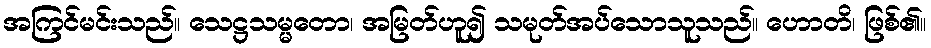
အကြင်မင်းသည်။ သေဋ္ဌသမ္မတော၊ အမြတ်ဟူ၍ သမုတ်အပ်သောသူသည်။ ဟောတိ၊ ဖြစ်၏။